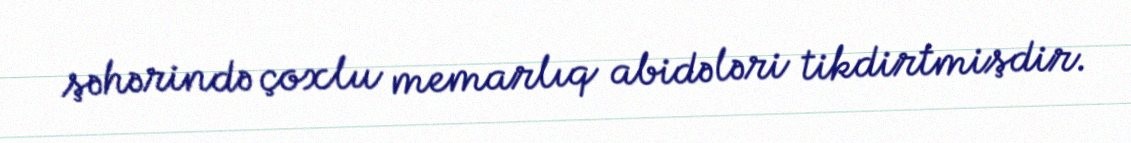
şəhərində çoxlu memarlıq abidələri tikdirtmişdir.